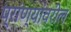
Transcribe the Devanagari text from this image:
प्रांण्यांवरील